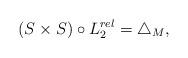
LaTeX: \begin{align*} (S\times S)\circ L_2^{rel}= \triangle_M,\end{align*}